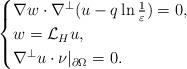
LaTeX: \begin{align*}\begin{cases}\nabla w\cdot \nabla^\perp(u-q\ln\frac{1}{\varepsilon})=0,\\w=\mathcal{L}_H u,\\\nabla^\perp u\cdot \nu|_{\partial \Omega}=0.\end{cases}\end{align*}